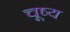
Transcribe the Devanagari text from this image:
चूष्य